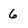
Character: 6